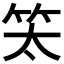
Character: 𥫵